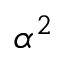
\alpha ^ { 2 }